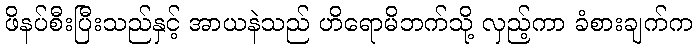
ဖိနပ်စီးပြီးသည်နှင့် အာယနဲသည် ဟိရောမိဘက်သို့ လှည့်ကာ ခံစားချက်က